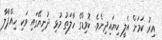
އިރު ކަމަށް އެލީ ކިޔައިދިނެވެ. ކޮވިޑްގެ ހާލަތު މުޅި ދުނިޔޭގައި ވަކި ހިއްޕާލާ